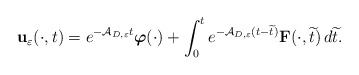
\begin{align*}\mathbf{u}_\varepsilon (\cdot ,t)=e^{-\mathcal{A}_{D,\varepsilon}t}\boldsymbol{\varphi}(\cdot)+\int _0^t e^{-\mathcal{A}_{D,\varepsilon}(t-\widetilde{t})}\mathbf{F}(\cdot ,\widetilde{t})\,d\widetilde{t}.\end{align*}